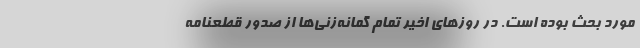
مورد بحث بوده است. در روزهای اخیر تمام گمانه‌زنی‌ها از صدور قطعنامه